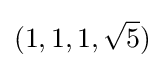
(1,1,1,{\sqrt {5}})